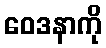
ဝေဒနာကို